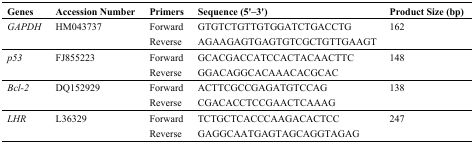
| Genes | Accession Number | Primers | Sequence (5'–3') | Product Size (bp) |
 | --- | --- | --- | --- | --- |
 | <ROWSPAN=2> GAPDH | <ROWSPAN=2> HM043737 | Forward | GTGTCTGTTGTGGATCTGACCTG | <ROWSPAN=2> 162 |
 | Reverse | AGAAGAGTGAGTGTCGCTGTTGAAGT |
 | <ROWSPAN=2> p53 | <ROWSPAN=2> FJ855223 | Forward | GCACGACCATCCACTACAACTTC | <ROWSPAN=2> 148 |
 | Reverse | GGACAGGCACAAACACGCAC |
 | <ROWSPAN=2> Bcl-2 | <ROWSPAN=2> DQ152929 | Forward | ACTTCGCCGAGATGTCCAG | <ROWSPAN=2> 138 |
 | Reverse | CGACACCTCCGAACTCAAAG |
 | <ROWSPAN=2> LHR | <ROWSPAN=2> L36329 | Forward | TCTGCTCACCCAAGACACTCC | <ROWSPAN=2> 247 |
 | Reverse | GAGGCAATGAGTAGCAGGTAGAG |